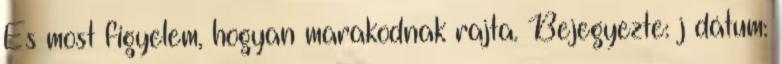
És most figyelem, hogyan marakodnak rajta. Bejegyezte: j dátum: